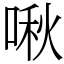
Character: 啾